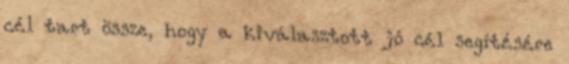
cél tart össze, hogy a kiválasztott jó cél segítésére